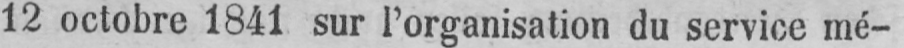
12 octobre 1841 sur l’organisation du service mé-